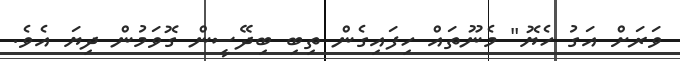
ވަރަށް އަގު ހެޔޮ" މެނޫތައް ހިފައިގެން ތިބި ބިދޭސީން ގޮވަމުން ދިޔަ އެވެ.